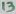
Text: 13